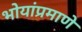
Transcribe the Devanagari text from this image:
भोयांप्रमाणे